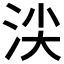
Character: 𣴒